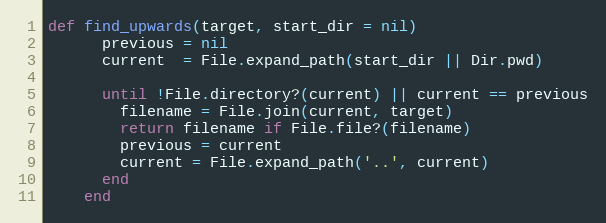
Language: Ruby
def find_upwards(target, start_dir = nil)
      previous = nil
      current  = File.expand_path(start_dir || Dir.pwd)

      until !File.directory?(current) || current == previous
        filename = File.join(current, target)
        return filename if File.file?(filename)
        previous = current
        current = File.expand_path('..', current)
      end
    end